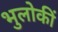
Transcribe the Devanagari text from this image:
भुलोकीं